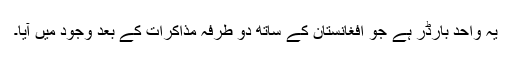
یہ واحد بارڈر ہے جو افغانستان کے ساتھ دو طرفہ مذاکرات کے بعد وجود میں آیا۔